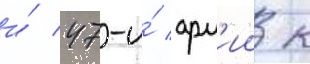
и́ 47-и́ арм'ии к